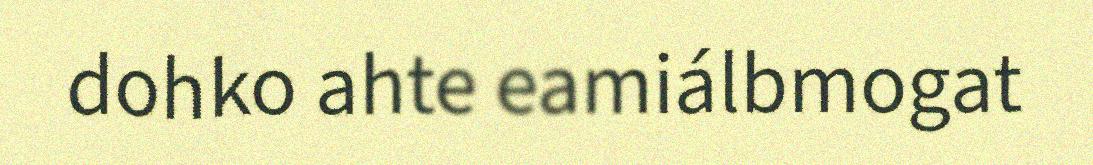
dohko ahte eamiálbmogat